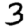
Digit: 3